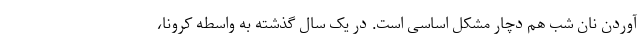
آوردن نان شب هم دچار مشکل اساسی است. در یک سال گذشته به واسطه کرونا،